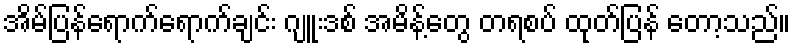
အိမ်ပြန်ရောက်ရောက်ချင်း ဂျူးဒစ် အမိန့်တွေ တရစပ် ထုတ်ပြန် တော့သည်။